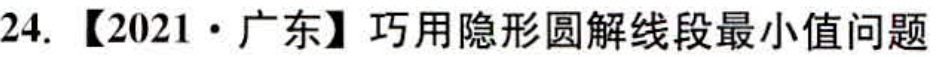
24. 【2021·广东】巧用隐形圆解线段最小值问题